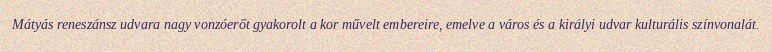
Mátyás reneszánsz udvara nagy vonzóerőt gyakorolt a kor művelt embereire, emelve a város és a királyi udvar kulturális színvonalát.